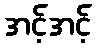
အင့်အင့်